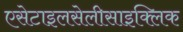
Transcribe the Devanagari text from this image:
एसेटाइलसेलीसाइक्लिक